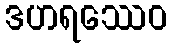
ဒဟရဿေဝ